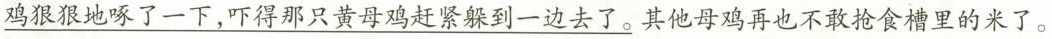
\underline{鸡狠狠地啄了一下，吓得那只黄母鸡赶紧躲到一边去了。}其他母鸡再也不敢抢食槽里的米了。